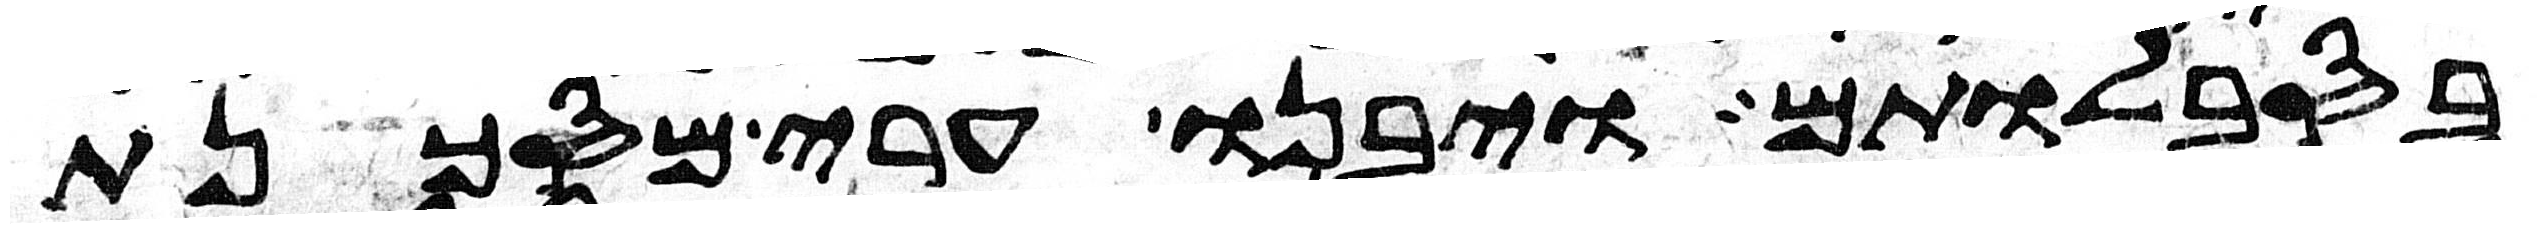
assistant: בסבלותם ויבנו ערי מסכנת